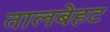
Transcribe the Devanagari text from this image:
तालबेहट